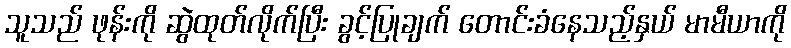
သူသည် ဖုန်းကို ဆွဲထုတ်လိုက်ပြီး ခွင့်ပြုချက် တောင်းခံနေသည့်နှယ် မာမီယာကို